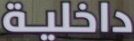
داخلیة